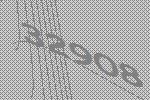
32908